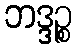
ဘဒ္ဒဉ္စ